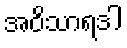
အဝိသာရဒါ